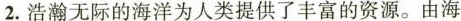
2.浩瀚无际的海洋为人类提供了丰富的资源。由海